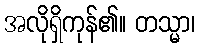
အလိုရှိကုန်၏။ တသ္မာ၊